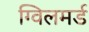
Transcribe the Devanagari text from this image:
ग्विलमर्ड